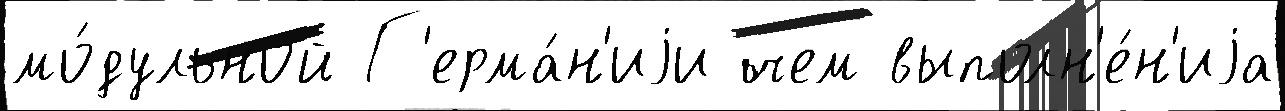
мо́дульной Г'ерма́н'иjи чем выполн'е́н'иjа